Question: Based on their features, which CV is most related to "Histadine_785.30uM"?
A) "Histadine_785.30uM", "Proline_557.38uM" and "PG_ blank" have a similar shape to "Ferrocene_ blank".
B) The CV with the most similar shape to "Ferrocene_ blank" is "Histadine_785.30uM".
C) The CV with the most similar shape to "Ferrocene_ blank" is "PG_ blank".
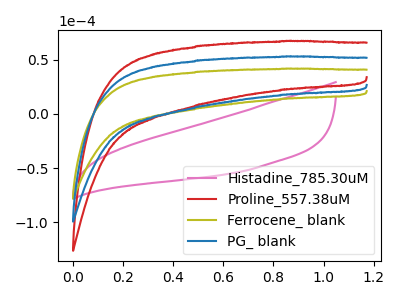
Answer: <think>The pink curve "Histadine_785.30uM" has no peaks. The red curve "Proline_557.38uM" has no peaks. The olive curve "Ferrocene_ blank" has no peaks. The blue curve "PG_ blank" has no peaks.
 Neither "Histadine_785.30uM" or "Proline_557.38uM" have any peaks. Neither "Histadine_785.30uM" or "Ferrocene_ blank" have any peaks. Neither "Histadine_785.30uM" or "PG_ blank" have any peaks. Neither "Proline_557.38uM" or "Ferrocene_ blank" have any peaks. Neither "Proline_557.38uM" or "PG_ blank" have any peaks. Neither "Ferrocene_ blank" or "PG_ blank" have any peaks.</think>
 <answer>A) "Histadine_785.30uM", "Proline_557.38uM" and "PG_ blank" have a similar shape to "Ferrocene_ blank".</answer>
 <eval>A</eval>